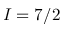
I = 7 / 2